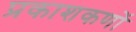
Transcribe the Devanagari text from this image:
प्रकाशकणों